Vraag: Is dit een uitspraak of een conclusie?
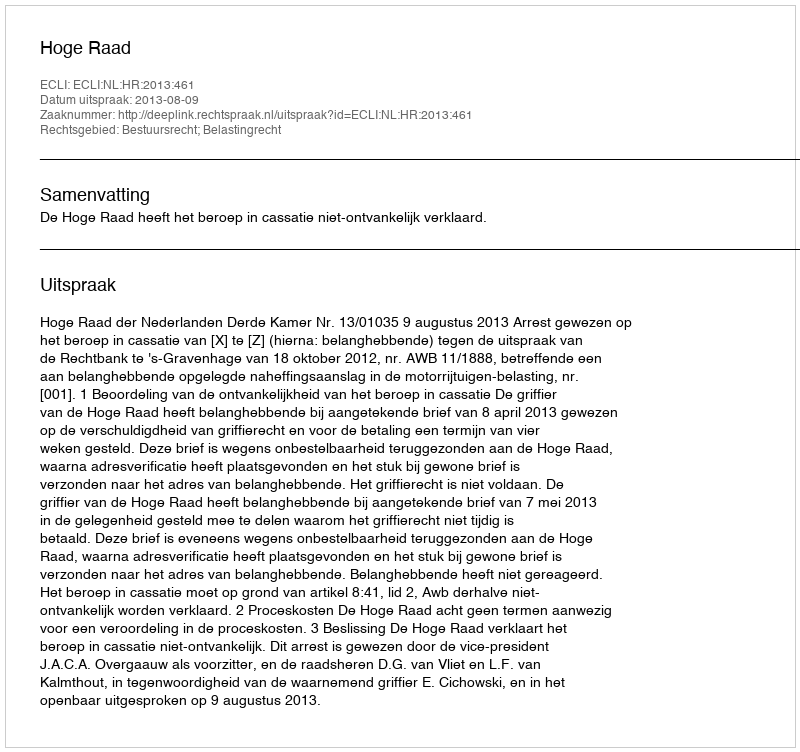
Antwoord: Uitspraak